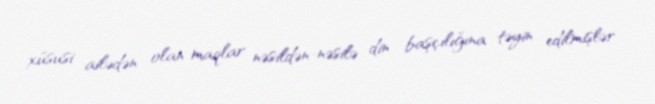
xüsusi ailədən olan maqlar nəsildən-nəsilə din başçılığına təyin edilmişlər